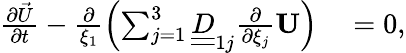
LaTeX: \begin{array}{rl}{\frac{\partial\vec{U}}{\partial t}-\frac{\partial}{\xi_{1}}\left(\sum_{j=1}^{3}\underline{{\underline{{D}}}}_{1j}\frac{\partial}{\partial\xi_{j}}\mathbf{U}\right)}&{{}=0,}\end{array}